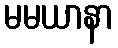
မမယာနာ